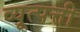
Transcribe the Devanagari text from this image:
व्यूत्पत्ती